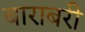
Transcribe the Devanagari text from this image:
बाराबरी